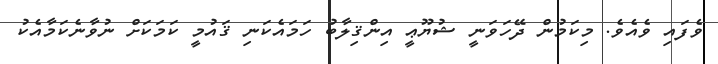
ވެފައި ވެއެވެ. މިކަމުން ދޭހަވަނީ ޝުޔޫޢީ އިންޤިލާބު ހަމައެކަނި ޤައުމީ ކަމަކަށް ނުވާނެކަމާއެކު